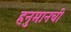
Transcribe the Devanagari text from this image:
हनुमानची